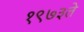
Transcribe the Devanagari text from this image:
१९७३ते